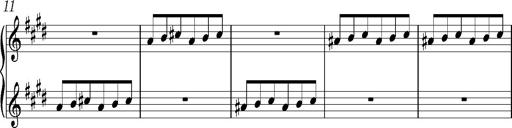
Title: Valses oubliÃ©es
Composer: Franz Liszt